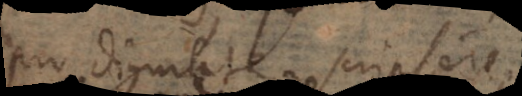
pro dignitate scripsere,